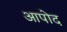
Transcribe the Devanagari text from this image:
आपोद